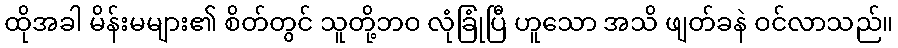
ထိုအခါ မိန်းမများ၏ စိတ်တွင် သူတို့ဘဝ လုံခြုံပြီ ဟူသော အသိ ဖျတ်ခနဲ ဝင်လာသည်။